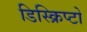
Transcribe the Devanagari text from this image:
डिस्क्रिप्टो